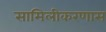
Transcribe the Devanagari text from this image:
सामिलीकरणास